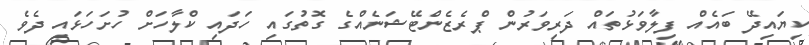
ކިޔައިދޭ ބައެއް ފިލާވަޅުތައް ދަރިވަރުން ޕްރެޒެންޓޭޝަނެއްގެ ގޮތުގައި ހަދައި ކްލާހަށް ހުށަހަޅައި ދެވެ